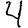
Digit: 4